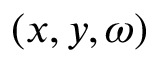
( x , y , \omega )